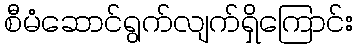
စီမံဆောင်ရွက်လျက်ရှိကြောင်း